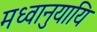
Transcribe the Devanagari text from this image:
मध्वानुयायि